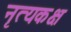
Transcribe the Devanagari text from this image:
नृत्यकक्ष